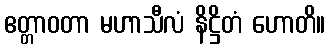
ဧတ္တာဝတာ မဟာသီလံ နိဋ္ဌိတံ ဟောတိ။